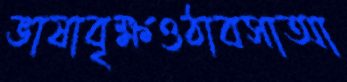
ভাষাবৃক্ষওঠাবসাআ